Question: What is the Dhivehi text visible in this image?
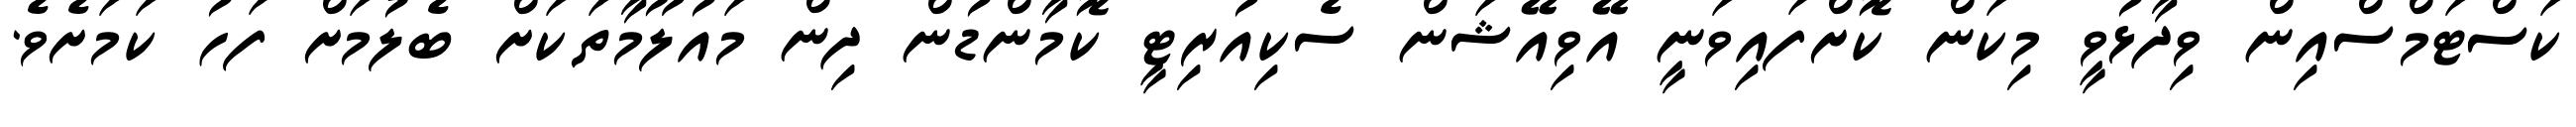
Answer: ކަސްޓަމްސްއިން ވިދާޅުވީ މިކަން ކޮށްފައިވަނީ އޭވިއޭޝަން ސެކިއުރިޓީ ކޮމާންޑުން ދިން މައުލޫމާތަކަށް ބެލުމަށް ފަހު ކަމަށެވެ.